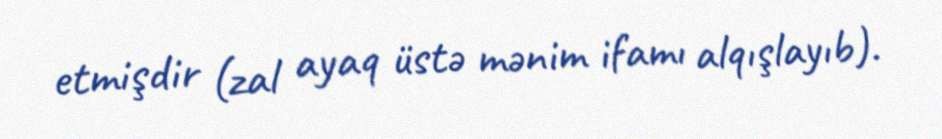
etmişdir (zal ayaq üstə mənim ifamı alqışlayıb).